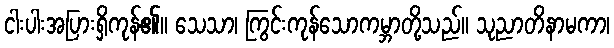
ငါးပါးအပြားရှိကုန်၏။ သေသာ၊ ကြွင်းကုန်သောကမ္ဘာတို့သည်။ သုညာတိနာမကာ၊